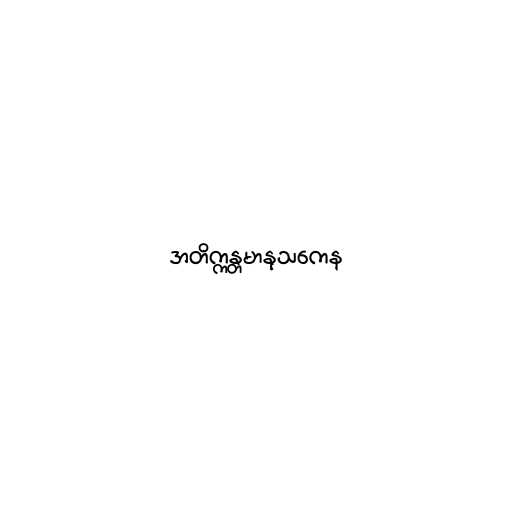
အတိက္ကန္တမာနုသကေန